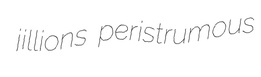
jillions peristrumous